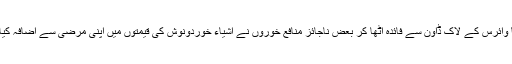
کرونا وائرس کے لاک ڈاون سے فائدہ اٹھا کر بعض ناجائز منافع خوروں نے اشیاء خوردونوش کی قیمتوں میں اپنی مرضی سے اضافہ کیا ہے ۔